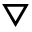
\triangledown